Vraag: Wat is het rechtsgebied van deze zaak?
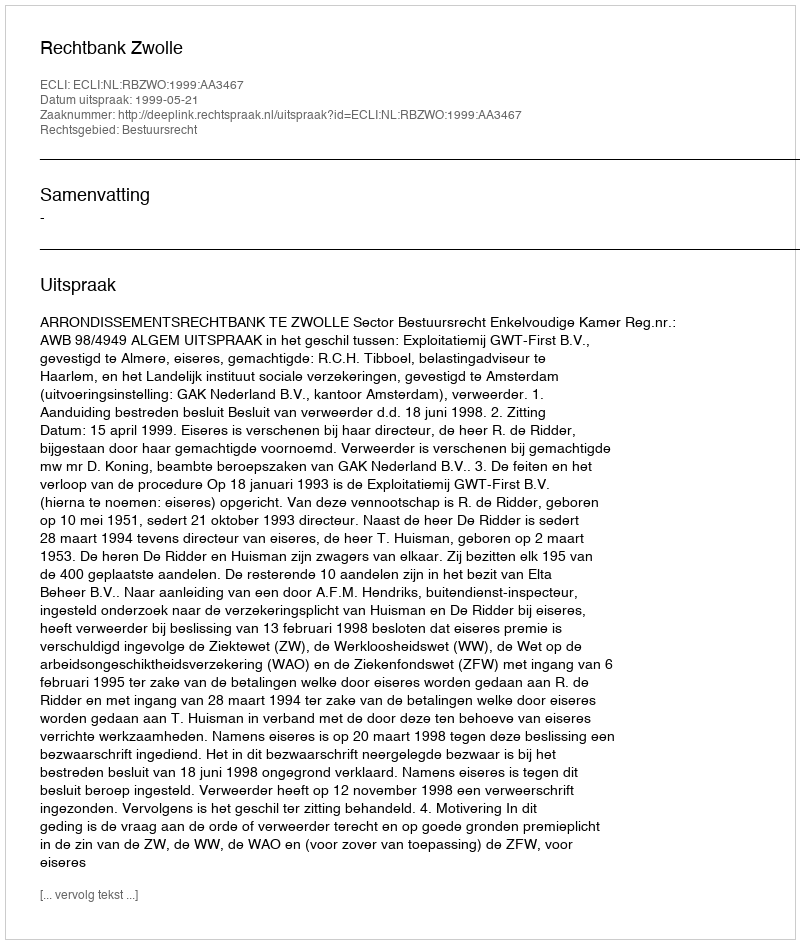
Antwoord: Bestuursrecht